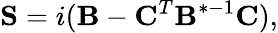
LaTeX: \mathbf{S}=i(\mathbf{B}-\mathbf{C}^{T}\mathbf{B}^{*-1}\mathbf{C}),